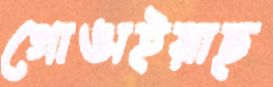
গোঙাইয়াছ